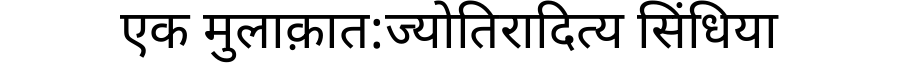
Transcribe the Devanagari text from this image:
एक मुलाक़ात:ज्योतिरादित्य सिंधिया